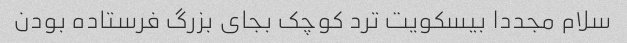
سلام مجددا بیسکویت ترد کوچک بجای بزرگ فرستاده بودن